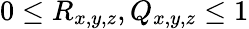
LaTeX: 0\leq R_{x,y,z},Q_{x,y,z}\leq 1